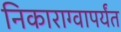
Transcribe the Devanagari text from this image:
निकाराग्वापर्यंत